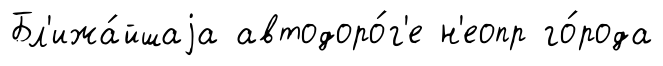
Бл'ижа́йшаjа автодоро́г'е н'еопр го́рода